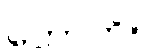
ဟောတိ။